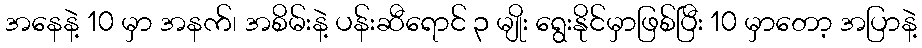
အနေနဲ့ 10 မှာ အနက်၊ အစိမ်းနဲ့ ပန်းဆီရောင် ၃ မျိုး ရွေးနိုင်မှာဖြစ်ပြီး 10 မှာတော့ အပြာနဲ့